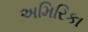
અમિરિકા